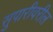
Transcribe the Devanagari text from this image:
सुपारीवरील